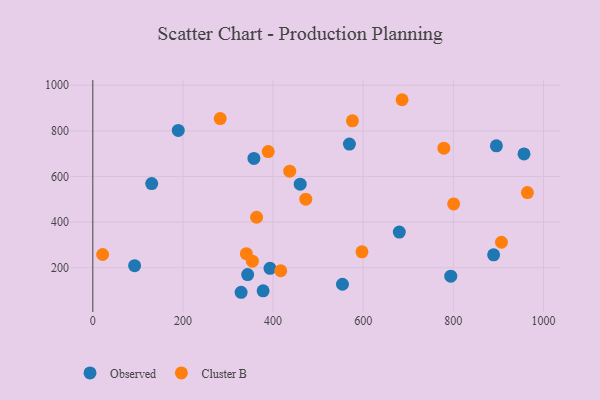
{"axis": {"x": "Engine Size", "y": "Yield"}, "legend": ["Cluster B", "Observed"], "data": [{"x": "569.4", "y": 741.9, "type": "Observed"}, {"x": "92.8", "y": 209.1, "type": "Observed"}, {"x": "554.0", "y": 127.6, "type": "Observed"}, {"x": "956.8", "y": 698.7, "type": "Observed"}, {"x": "377.9", "y": 98.9, "type": "Observed"}, {"x": "329.1", "y": 92.4, "type": "Observed"}, {"x": "343.6", "y": 169.8, "type": "Observed"}, {"x": "794.3", "y": 163.1, "type": "Observed"}, {"x": "393.2", "y": 197.5, "type": "Observed"}, {"x": "895.6", "y": 734.2, "type": "Observed"}, {"x": "460.2", "y": 566.5, "type": "Observed"}, {"x": "189.6", "y": 802.0, "type": "Observed"}, {"x": "130.7", "y": 568.8, "type": "Observed"}, {"x": "357.5", "y": 679.1, "type": "Observed"}, {"x": "889.4", "y": 256.6, "type": "Observed"}, {"x": "680.1", "y": 356.3, "type": "Observed"}, {"x": "964.3", "y": 529.6, "type": "Cluster B"}, {"x": "800.7", "y": 479.9, "type": "Cluster B"}, {"x": "906.8", "y": 311.8, "type": "Cluster B"}, {"x": "340.7", "y": 261.4, "type": "Cluster B"}, {"x": "597.3", "y": 269.8, "type": "Cluster B"}, {"x": "417.0", "y": 186.8, "type": "Cluster B"}, {"x": "576.1", "y": 844.0, "type": "Cluster B"}, {"x": "21.8", "y": 258.1, "type": "Cluster B"}, {"x": "354.1", "y": 228.7, "type": "Cluster B"}, {"x": "389.2", "y": 709.4, "type": "Cluster B"}, {"x": "282.7", "y": 853.8, "type": "Cluster B"}, {"x": "363.4", "y": 421.4, "type": "Cluster B"}, {"x": "686.2", "y": 936.5, "type": "Cluster B"}, {"x": "436.9", "y": 623.2, "type": "Cluster B"}, {"x": "779.0", "y": 723.9, "type": "Cluster B"}, {"x": "472.6", "y": 500.7, "type": "Cluster B"}]}